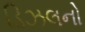
ડિઝલનો